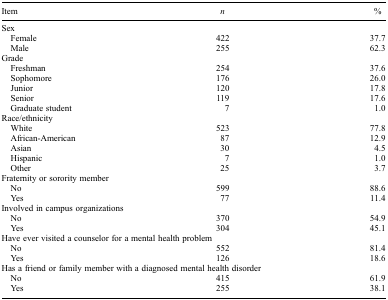
| Item | n | % |
 | --- | --- | --- |
 | <COLSPAN=3> Sex |
 | Female | 422 | 37.7 |
 | Male | 255 | 62.3 |
 | <COLSPAN=3> Grade |
 | Freshman | 254 | 37.6 |
 | Sophomore | 176 | 26.0 |
 | Junior | 120 | 17.8 |
 | Senior | 119 | 17.6 |
 | Graduate student | 7 | 1.0 |
 | <COLSPAN=3> Race/ethnicity |
 | White | 523 | 77.8 |
 | African-American | 87 | 12.9 |
 | Asian | 30 | 4.5 |
 | Hispanic | 7 | 1.0 |
 | Other | 25 | 3.7 |
 | <COLSPAN=3> Fraternity or sorority member |
 | No | 599 | 88.6 |
 | Yes | 77 | 11.4 |
 | <COLSPAN=3> Involved in campus organizations |
 | No | 370 | 54.9 |
 | Yes | 304 | 45.1 |
 | <COLSPAN=3> Have ever visited a counselor for a mental health problem |
 | No | 552 | 81.4 |
 | Yes | 126 | 18.6 |
 | <COLSPAN=3> Has a friend or family member with a diagnosed mental health disorder |
 | No | 415 | 61.9 |
 | Yes | 255 | 38.1 |